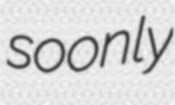
soonly